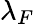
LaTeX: \lambda_{F}